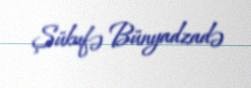
Şükufə Bünyadzadə